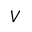
V